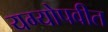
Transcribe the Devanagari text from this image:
यग्योपवीत